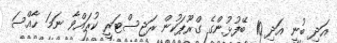
އަދި ބުނީ އަދި 10 ބޭފުޅުންގެ ގްރޫޕަކުން ރަޖިސްޓަރީ ކުރައްވާ ނަމަ ހާއްސަ